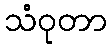
သံဝုတာ